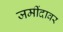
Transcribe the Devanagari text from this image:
जमींदावर